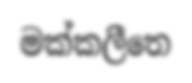
මක්කලීතෙ